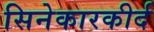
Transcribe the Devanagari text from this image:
सिनेकारकीर्द